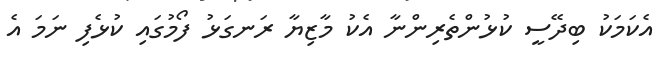
އެކަމަކު ބިދޭސީ ކުޅުންތެރިންނާ އެކު މާޒިޔާ ރަނގަޅު ފޯމުގައި ކުޅެފި ނަމަ އެ